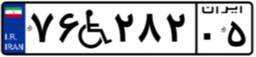
۸۶W۷۵۴۰۱